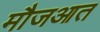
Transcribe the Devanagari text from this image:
मौजआत